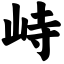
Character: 峙